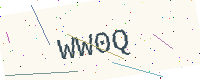
Text: WW0Q